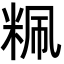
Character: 䊃